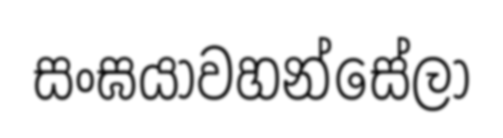
සංඝයාවහන්සේලා